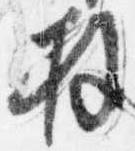
拝